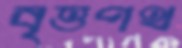
বৃত্তপথ